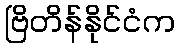
ဗြိတိန်နိုင်ငံက